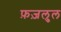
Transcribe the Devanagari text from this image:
फ़ज़लुल